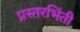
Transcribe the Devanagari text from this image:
प्रस्तरभिंती